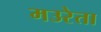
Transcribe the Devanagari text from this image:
मउरेता